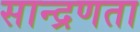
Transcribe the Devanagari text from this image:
सान्द्रणता